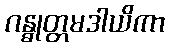
ဂန္ဓုတ္တမဒါယိကာ